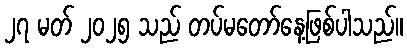
၂၇ မတ် ၂၀၂၅ သည် တပ်မတော်နေ့ဖြစ်ပါသည်။